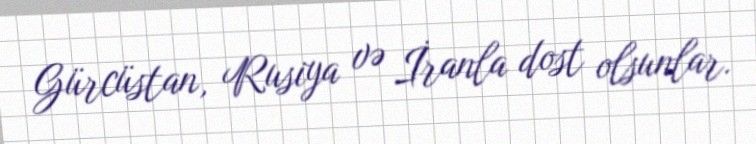
Gürcüstan, Rusiya və İranla dost olsunlar.